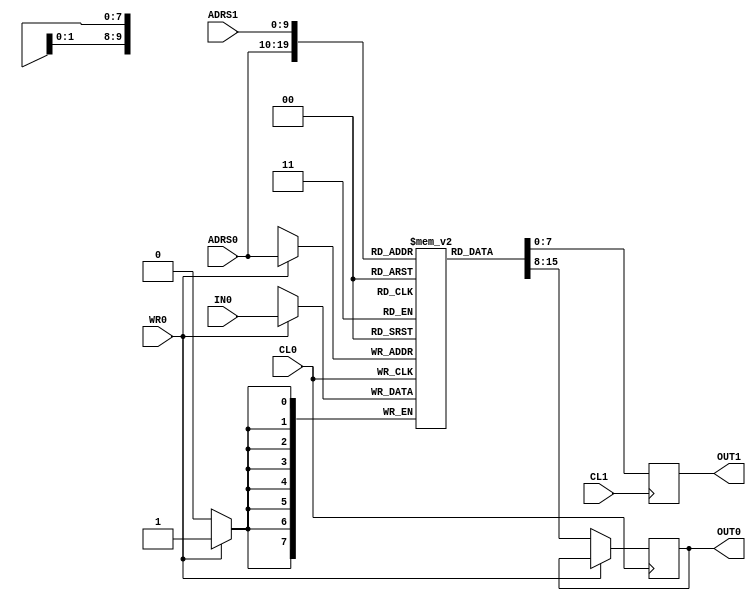
/********************************************
   RAM Modules for "FPGA Gaplus"

			Copyright (c) 2007,2019 MiSTer-X
*********************************************/
module DPRAM_1024V( CL0, ADRS0, IN0, OUT0, WR0, CL1, ADRS1, OUT1 );
input 			CL0;
input		[9:0]	ADRS0;
input		[7:0]	IN0;
output	[7:0]	OUT0;
input				WR0;
input 			CL1;
input		[9:0]	ADRS1;
output	[7:0]	OUT1;

reg [7:0] ramcore[0:1023];
reg [7:0] OUT0;
reg [7:0] OUT1;

always @( posedge CL0 ) begin
	if ( WR0 ) ramcore[ADRS0] <= IN0;
	else OUT0 <= ramcore[ADRS0];
end

always @( posedge CL1 ) begin
	OUT1 <= ramcore[ADRS1];
end

endmodule


module DPRAM_2048( CL0, ADRS0, IN0, OUT0, WR0, CL1, ADRS1, IN1, OUT1, WR1 );

input 			CL0;
input	  [10:0]	ADRS0;	
input		[7:0]	IN0;
output	[7:0]	OUT0;
input				WR0;

input 			CL1;
input	  [10:0]	ADRS1;	
input		[7:0]	IN1;
output	[7:0]	OUT1;
input				WR1;

reg [7:0] ramcore[0:2047];
reg [7:0] OUT0;
reg [7:0] OUT1;

always @( posedge CL0 ) begin
	if ( WR0 ) ramcore[ADRS0] <= IN0;
	else OUT0 <= ramcore[ADRS0];
end

always @( posedge CL1 ) begin
	if ( WR1 ) ramcore[ADRS1] <= IN1;
	else OUT1 <= ramcore[ADRS1];
end

endmodule


module DPRAM_2048V( CL0, ADRS0, IN0, OUT0, WR0, CL1, ADRS1, OUT1 );
input 			CL0;
input	  [10:0]	ADRS0;	
input		[7:0]	IN0;
output	[7:0]	OUT0;
input				WR0;
input 			CL1;
input	  [10:0]	ADRS1;	
output	[7:0]	OUT1;

reg [7:0] ramcore[0:2047];
reg [7:0] OUT0;
reg [7:0] OUT1;

always @( posedge CL0 ) begin
	if ( WR0 ) ramcore[ADRS0] <= IN0;
	else OUT0 <= ramcore[ADRS0];
end

always @( posedge CL1 ) begin
	OUT1 <= ramcore[ADRS1];
end

endmodule